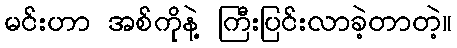
မင်းဟာ အစ်ကိုနဲ့ ကြီးပြင်းလာခဲ့တာတဲ့။